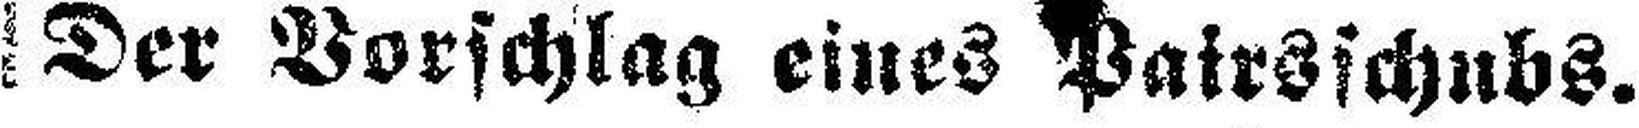
Der Vorschlag eines Pairsschubs.